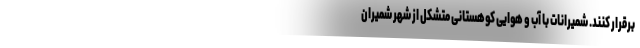
برقرار کنند. شمیرانات با آب و هوایی کوهستانی متشکل از شهر شمیران